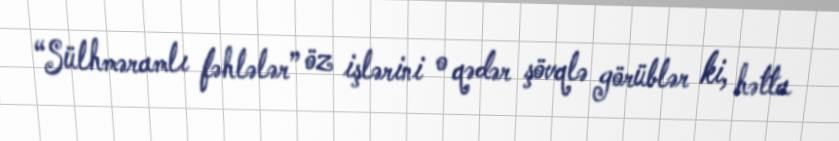
“Sülhməramlı fəhlələr” öz işlərini o qədər şövqlə görüblər ki, hətta